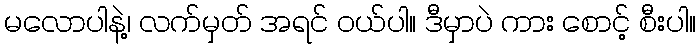
မလောပါနဲ့၊ လက်မှတ် အရင် ဝယ်ပါ။ ဒီမှာပဲ ကား စောင့် စီးပါ။